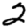
Digit: 2